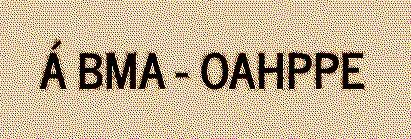
Á BMA - OAHPPE